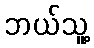
ဘယ်သူ့